system: You are a helpful assistant.
user:
Analyze the provided spectrum to determine if it is a **Carbon Star (C-type)**.

- **Key Visual Indicators of Carbon Star:**
    - **(Primary):** Strong molecular absorption from **C₂ (diatomic carbon) "Swan Bands."** This is the **defining feature** of a carbon star.
        - **(Key Bandheads):** Sharp absorption edges are visible at approximately $5635$ Å, $5165$ Å (the strongest band), and $4737$ Å.
        - **(Line Profile):** Creates a distinct **"saw-tooth"** pattern. The key morphology is a sharp, steep bandhead on the **red (long-wavelength) side**, which then gradually tapers off (i.e., flux recovers) towards the **blue (short-wavelength) side**. *(This is the direct opposite of the TiO bands seen in M-type stars)*.

    - **(Secondary):** Intense **CN (cyanogen)** molecular absorption bands.
        - **(Key Bandheads):** Located in the blue and violet regions of the spectrum (e.g., near $4215$ Å and $3883$ Å).
        - **(Morphology):** These bands are extremely broad and act as a "blanket," absorbing the vast majority of blue and violet light. This creates a characteristic **"cliff"** or **"steep drop-off"** in the spectrum's flux at short wavelengths.

    - **(Key Confirmation):** Strong **CH absorption band (G-band)**.
        - **(Key Bandhead):** Located around $4300$ Å. The contribution from CH molecules to this band is exceptionally strong.

    - **(Overall Spectrum):**
        - The continuum is severely "chopped up" by these deep molecular bands, especially C₂, rather than appearing as a smooth curve.
        - Due to the heavy CN and C₂ absorption in the blue-green, the vast majority of the star's flux is concentrated in the red part of the spectrum, giving the star its characteristic deep red color.

Think first, call **spectral_visualization_tool** if needed to examine features in detail, then provide your final answer. Your response must adhere to the following strict rules:
1.  **Overall Structure:** Your response must follow the format `<think>...</think> <tool_call>...</tool_call> (if a tool is used) <answer>...</answer>`.
2.  **Tool Usage Constraint:** You may only make **one** tool call per turn.
3.  **Final Answer Format:** In the `<answer>` tag, your conclusion must be inside a `\boxed{}` command (e.g., `\boxed{YES}`), followed by your justification.

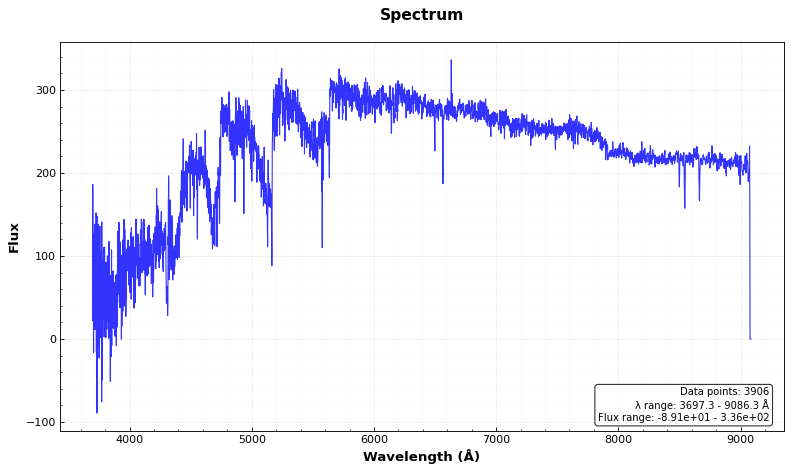
Answer: YES